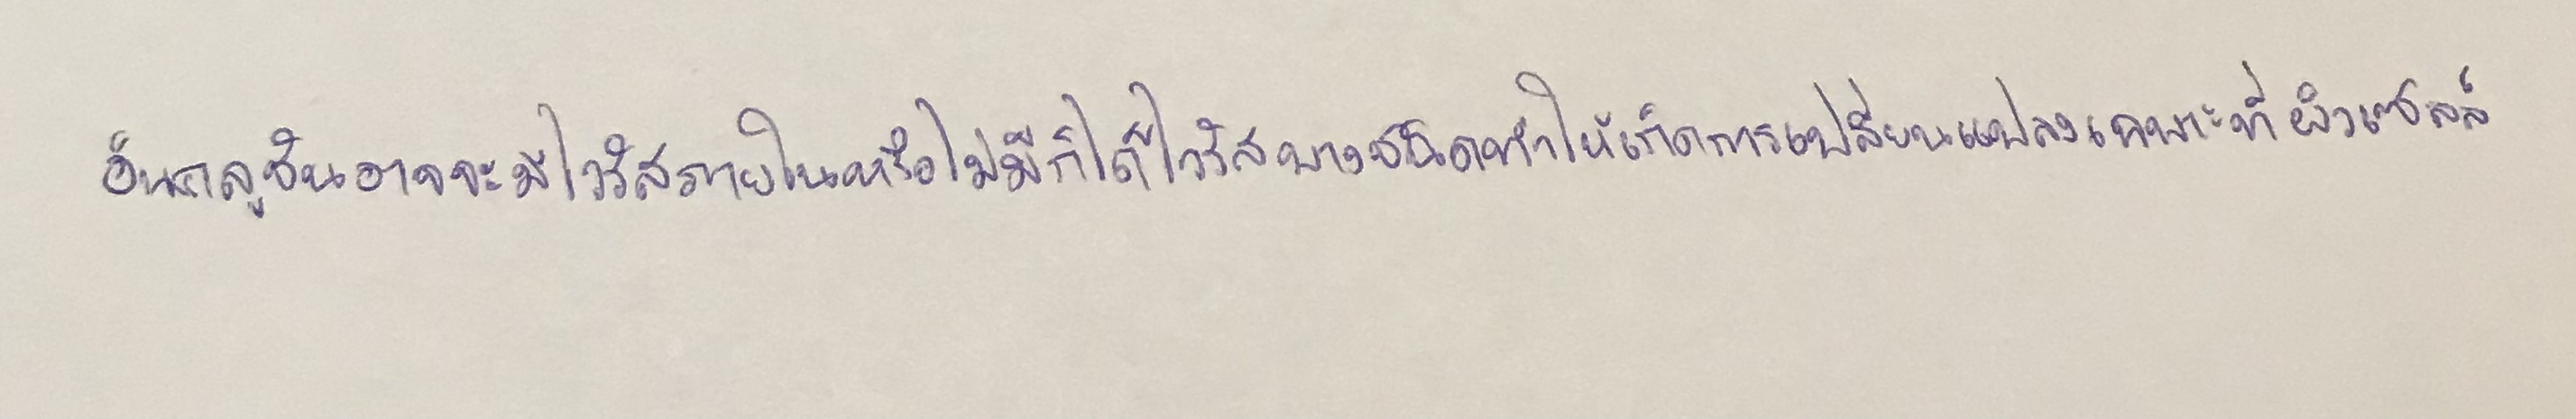
อินคลูชันอาจจะมีไวรัสภายในหรือไม่มีก็ได้ไวรัสบางชนิดทำให้เกิดการเปลี่ยนแปลงเฉพาะที่ผิวเซลล์